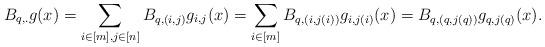
LaTeX: \begin{gather*}B_{q,.}g(x) = \sum_{i \in [m], j \in [n]} B_{q,(i,j)} g_{i,j}(x) = \sum_{i \in [m]} B_{q,(i,j(i))} g_{i,j(i)}(x) = B_{q,(q,j(q))} g_{q,j(q)}(x).\end{gather*}